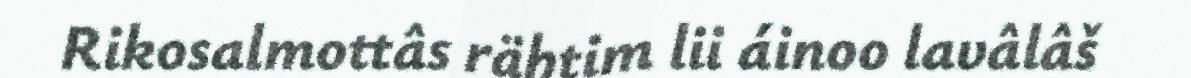
Rikosalmottâs rähtim lii áinoo lavâlâš